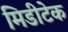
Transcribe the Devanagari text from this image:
मिडीटेक